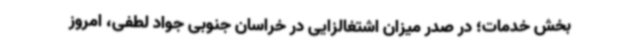
بخش خدمات؛ در صدر میزان اشتغالزایی در خراسان جنوبی جواد لطفی، امروز